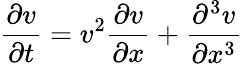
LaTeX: {\frac{\partial v}{\partial t}}=v^{2}{\frac{\partial v}{\partial x}}+{\frac{\partial^{3}v}{\partial x^{3}}}